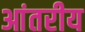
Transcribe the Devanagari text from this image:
आंतरीय